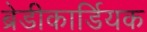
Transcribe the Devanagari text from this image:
ब्रेडीकार्डियक